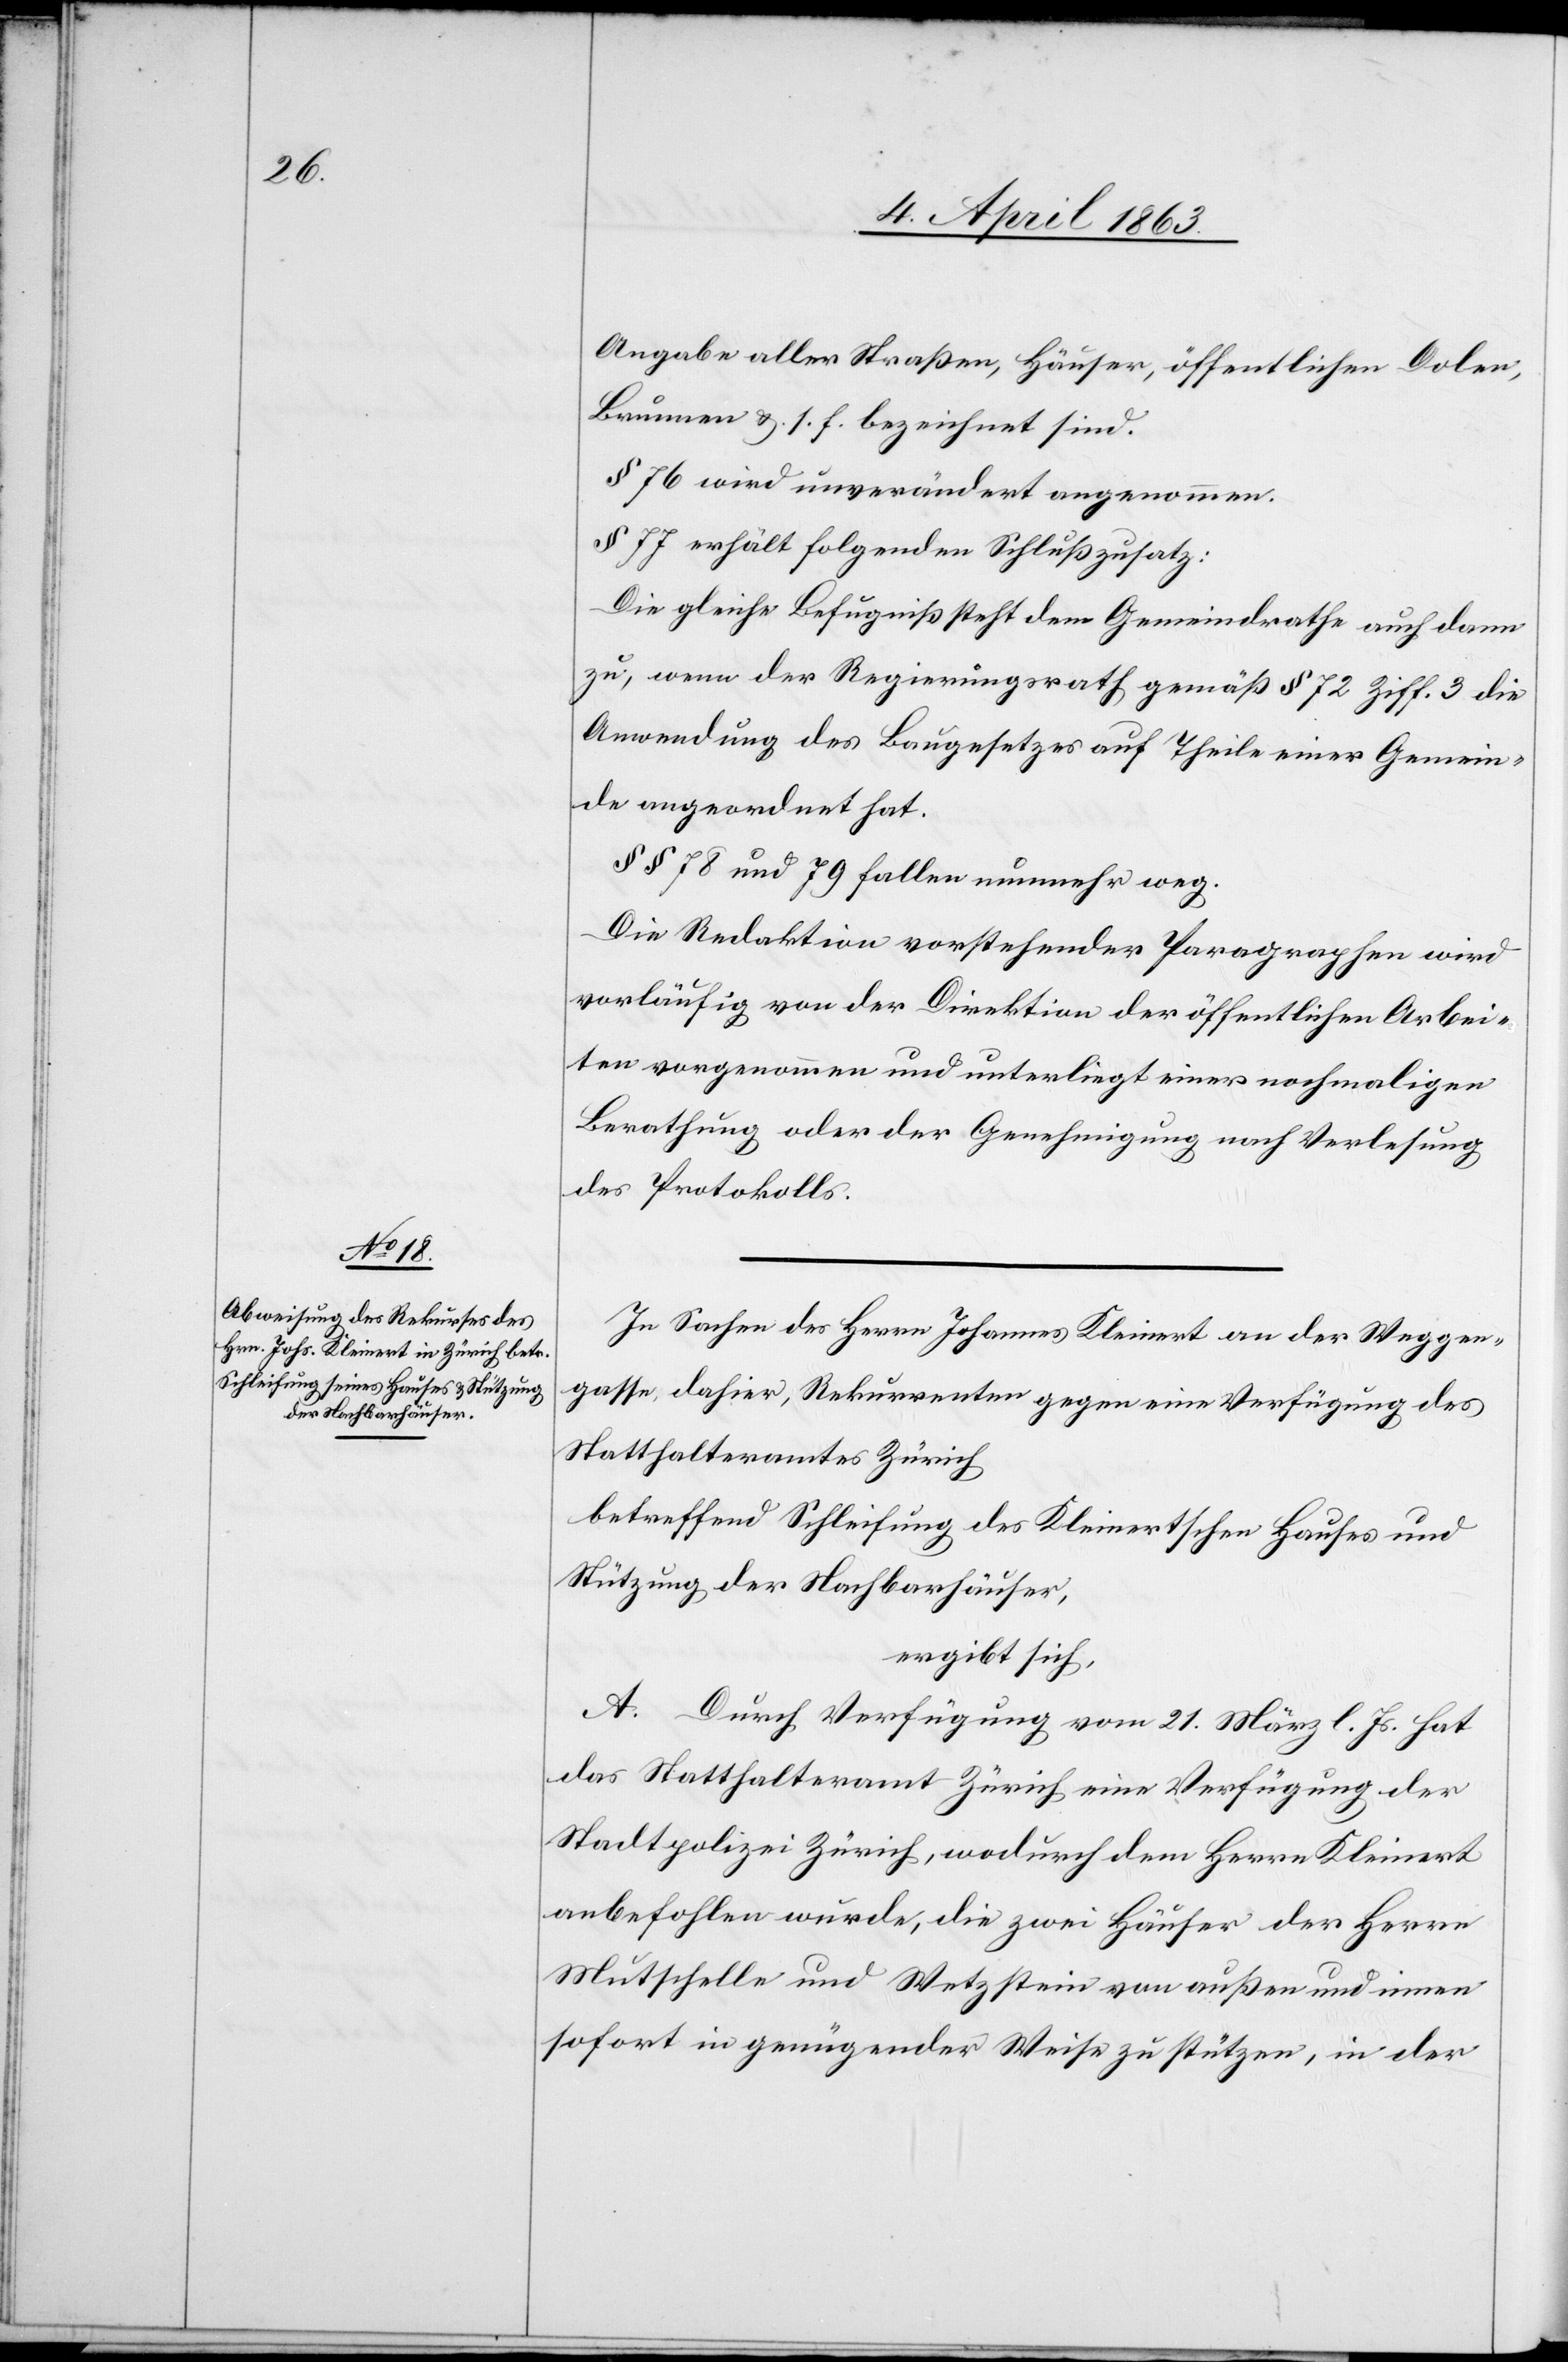
Angabe aller Straßen, Häuser, öffentlichen Dolen,
Brunnen & s. f. bezeichnet sind.
§ 76 wird unverändert angenommen.
§ 77 erhält folgenden Schlußzusatz:
Die gleiche Befugniß steht dem Gemeindrathe auch dann
zu, wenn der Regierungsrath gemäß § 72 Ziff. 3 die
Anwendung des Baugesetzes auf Theile einer Gemein¬
de angeordnet hat.
§§ 78 und 79 fallen nunmehr weg.
Die Redaktion vorstehender Paragraphen wird
vorläufig von der Direktion der öffentlichen Arbei¬
ten vorgenommen und unterliegt einer nochmaligen
Berathung oder der Genehmigung nach Verlesung
des Protokolls.
In Sachen des Herrn Johannes Kleinert an der Weggen¬
gasse, dahier, Rekurrenten gegen eine Verfügung des
Statthalteramtes Zürich
betreffend Schleifung des Kleinertschen Hauses und
Stützung der Nachbarhäuser,
ergibt sich,
A. Durch Verfügung vom 21. März l. Js. hat
das Statthalteramt Zürich eine Verfügung der
Stadtpolizei Zürich, wodurch dem Herrn Kleinert
anbefohlen wurde, die zwei Häuser der Herrn
Mutschelle und Wetzstein [sic!] von außen und innen
sofort in genügender Weise zu stützen, in der